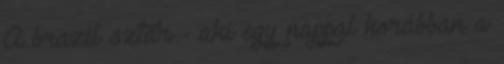
A brazil sztár - aki egy nappal korábban a